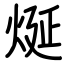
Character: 烻